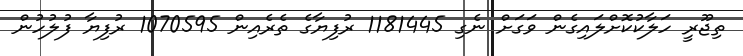
ތިޖޫރީ ހަލާކުކޮށްލައިގެން ވަގަށް ނެގި 1181445 ރުފިޔާގެ ތެރެއިން 1070595 ރުފިޔާ ފުލުހުން